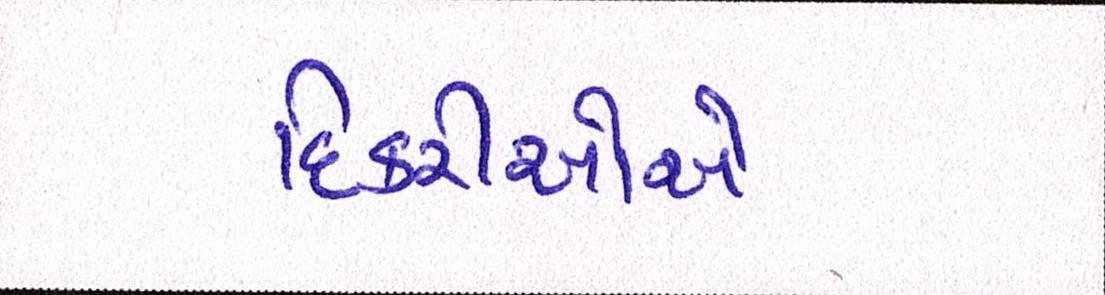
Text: દિકરીઓએ